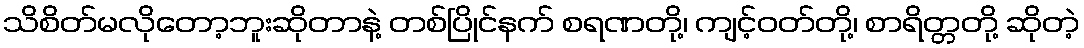
သိစိတ်မလိုတော့ဘူးဆိုတာနဲ့ တစ်ပြိုင်နက် စရဏတို့၊ ကျင့်ဝတ်တို့၊ စာရိတ္တတို့ ဆိုတဲ့